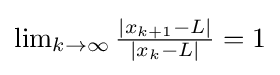
{\textstyle \lim _{k\to \infty }{\frac {|x_{k+1}-L|}{|x_{k}-L|}}=1}